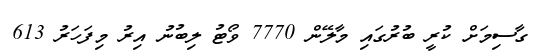
ގާސިމަށް ކުރީ ބުރުގައި މާލޭން 7770 ވޯޓު ލިބުނު އިރު މިފަހަރު 613